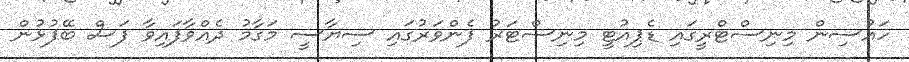
ހައުސިން މިނިސްޓްރީގައި ޑެޕިއުޓީ މިނިސްޓަރު ފެންވަރުގައި ސިޔާސީ މަގާމު ދެއްވާފައިވާ ފަސް ބޭފުޅުން